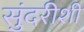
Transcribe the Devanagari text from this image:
सुंदरीशी